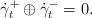
LaTeX: \begin{align*}\dot\gamma_t^+\oplus\dot\gamma_t^-=0.\end{align*}